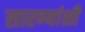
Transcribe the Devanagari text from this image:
सारण्यांशी